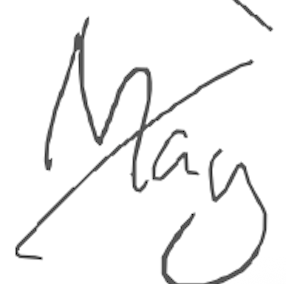
Text: May
Cross-out: diagonal
Writing tool: digital_gray